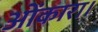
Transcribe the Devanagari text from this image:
ओंकारा।